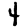
Digit: 4